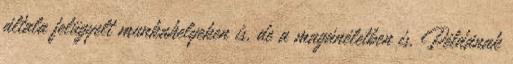
általa felügyelt munkahelyeken is, de a magánéletben is. Példának